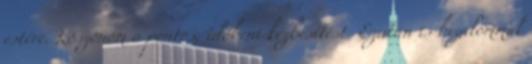
estére. Köszönöm a pontos, időbeni kézbesítést. Ezután is bizalommal